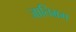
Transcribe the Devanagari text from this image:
जातिभ्रम